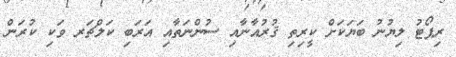
ރިޕޯޓު ލިޔުނު ބަޔަކަށް ކީރިތި ޤުރުއާނާއި ސުންނަތާއި އަރަބި ކަލްޗަރ ވަކި ކުރަން